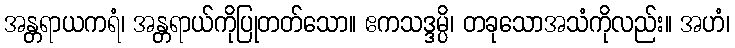
အန္တရာယကရံ၊ အန္တရာယ်ကိုပြုတတ်သော။ ဧကသဒ္ဒမ္ပိ၊ တခုသောအသံကိုလည်း။ အဟံ၊